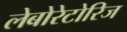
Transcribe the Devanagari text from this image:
लेबोरेटोरिज